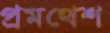
প্রমথেশ